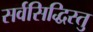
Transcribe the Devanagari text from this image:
सर्वसिद्धिस्तु